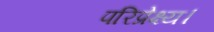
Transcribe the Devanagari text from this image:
परिप्रेक्ष्य।